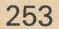
253